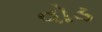
વોડ